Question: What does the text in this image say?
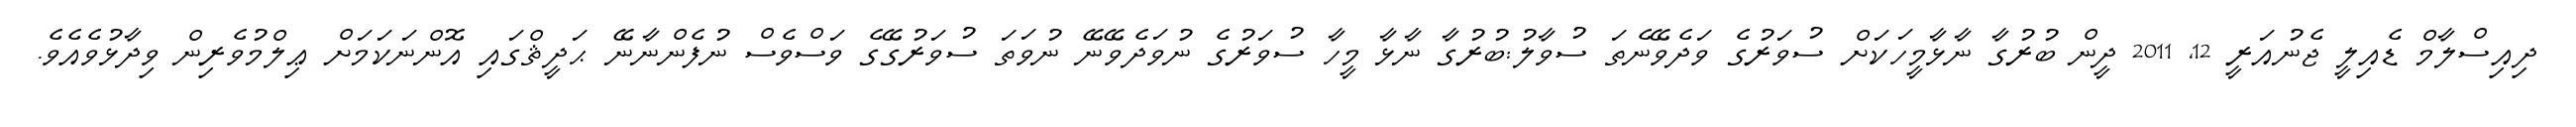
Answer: ދިއިސްލާމް ޑެއިލީ ޖެނުއަރީ 12, 2011 ދީން ބުރުގާ ނާޅާމީހަކަށް ސުވަރުގެ ވަދެވޭނެތަ ސުވާލު:ބުރުގާ ނާޅާ މީހާ ސުވަރުގެ ނުވަދެވޭނޭ ނުވަތަ ސުވަރުގޭގެ ވަސްވެސް ނުފެންނާނޭ ޙަދީޘްގައި އޮންނަކަމަށް ޢިލްމުވެރިން ވިދާޅުވެއެވެ.